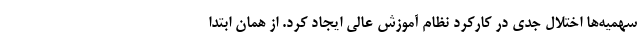
سهمیه‌ها اختلال جدی در کارکرد نظام آموزش عالی ایجاد کرد. از همان ابتدا